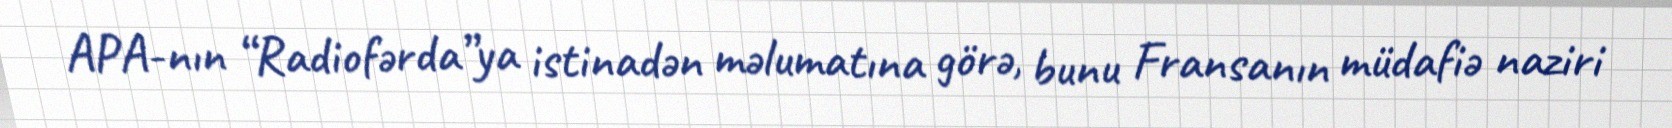
APA-nın “Radiofərda”ya istinadən məlumatına görə, bunu Fransanın müdafiə naziri